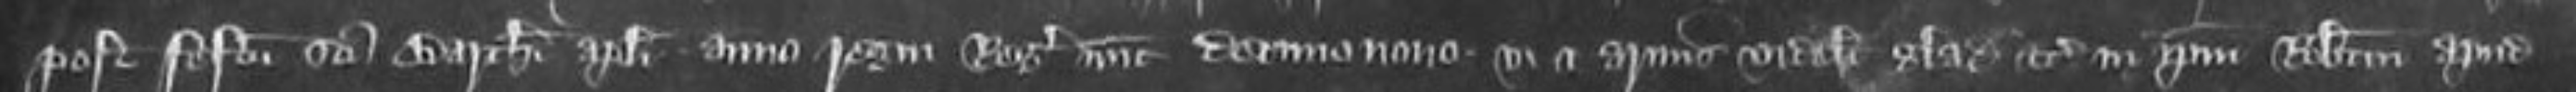
post festum Sancti Bartholomei Apostoli anno regni Regis nunc decimonono vi et armis videlicet gladiis etc in ipsum Robertum apud